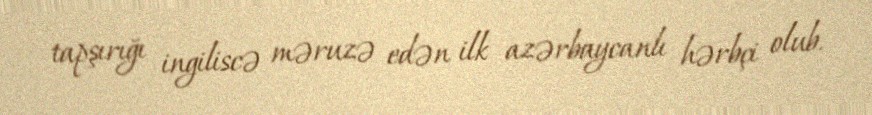
tapşırığı ingiliscə məruzə edən ilk azərbaycanlı hərbçi olub.